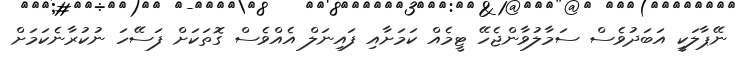
ނޭޕާލަކީ އަބަދުވެސް ސަމާލުވާންޖެހޭ ޓީމެއް ކަމަށާއި ފައިނަލް އެއްވެސް ގޮތަކަށް ފަސޭހަ ނުކުރާނެކަމަށް